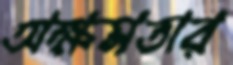
অক্ষমতার